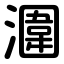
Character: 潿